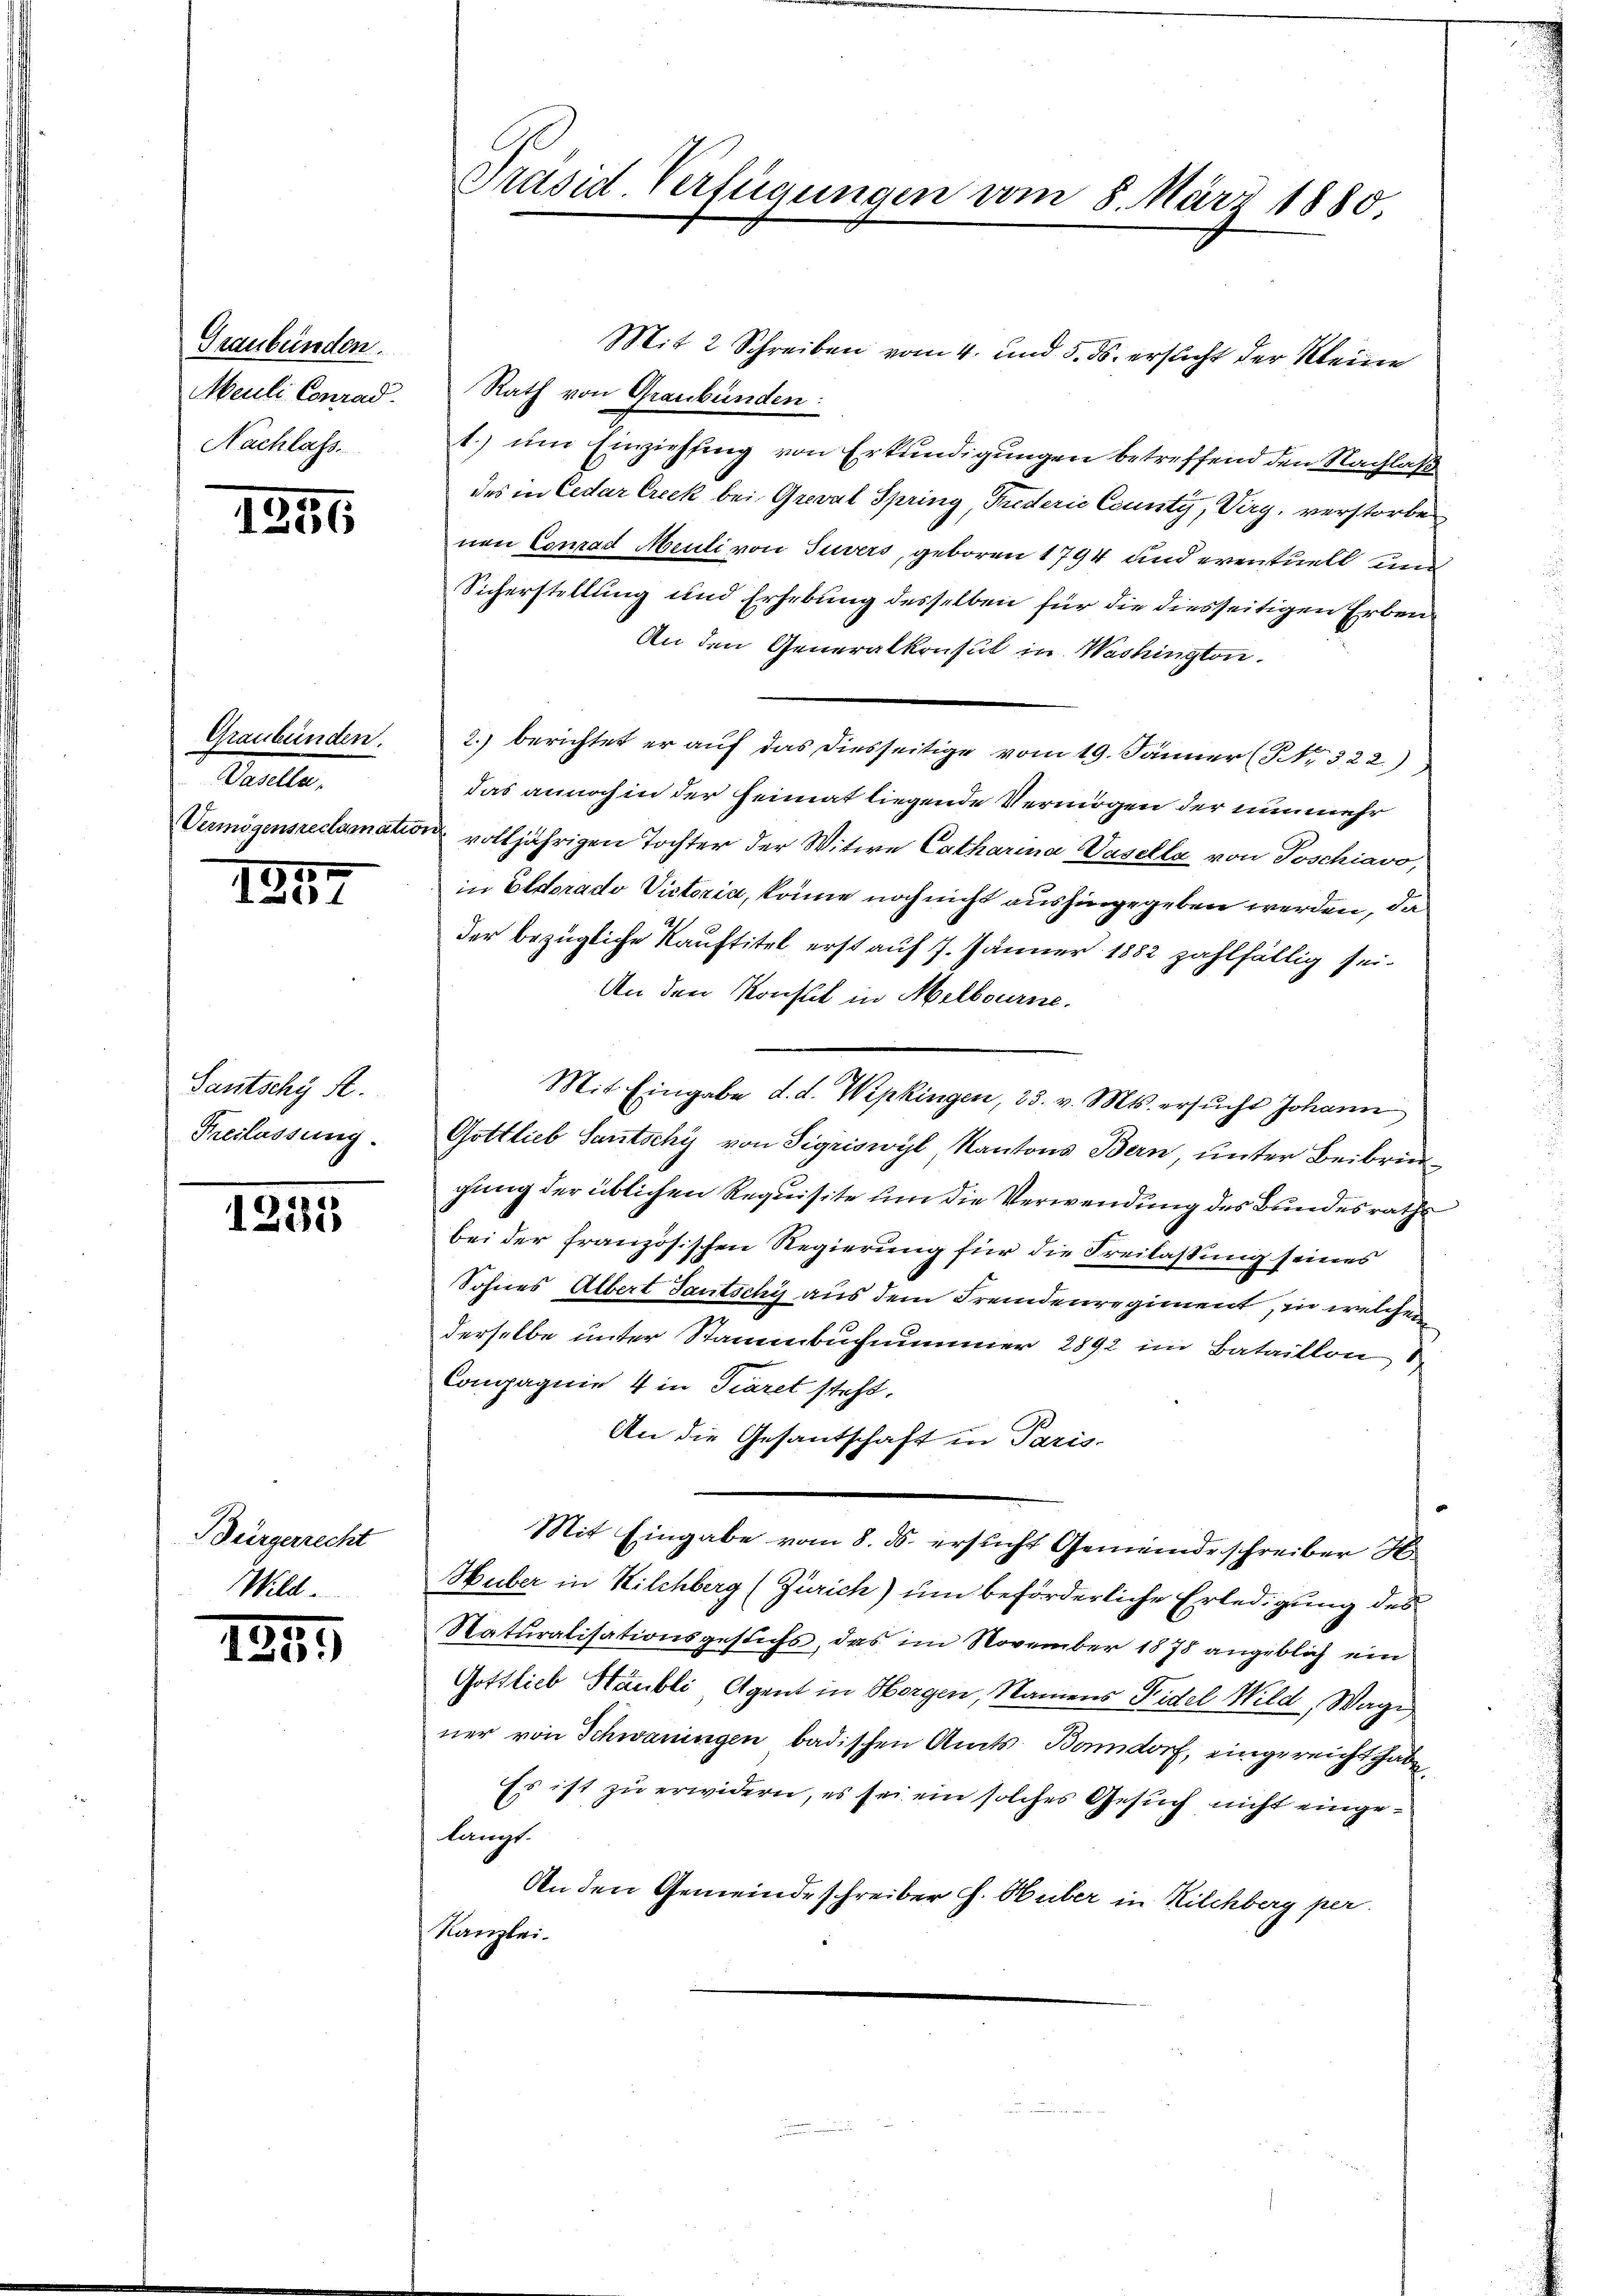
Graubünden.
Meuli Conrad
Nachlass.

1256

Graubünden.
Vasella¬
15.

1201

Sautschy S.
Preslassung

1255

BBürgerrecht
Wild.

1845

Präsid-Verfügungen vom 8. März 1880.

Mit 2 Schreiben vom 4. und 5. ds. ersucht der Meine
Rath von Graubünden:
t.) um Einziehung von Erkundigungen betreffend den Nachlaß
des in Ceder Creck bei Greval Spring, Fuderie County, Virg, verstorbe
nen Conrad Meili von Suvers, geboren 1794 und eventuell und
Sicherstellung und Erhebung desselben für die diesseitigen Erben
An den Generalkraut in Washington.
2.) berichtet er auf das diesseitige vom 19. Jänner (Nr. 322.)
das annoch in der Heimat liegende Vermögen der nunmehr
Vermögensreclamation volljährigen Tochter der Witwe Catharina Vasella von Poschiavo,
in Eldorado Victoria, könne noch nicht aushingegeben werden, da
der bezügliche Kauftitel erst auf 7. Jänner 1882 zahlfällig sei¬
An den Konstit in Melbourne.
Mit Eingabe d. d. Wipkingen, 23. v. Mts. ersŭcht Johann
Gottlieb Sautschy von Sigriswyl, Kantons Bern, unter Beibringung der üblichen Requisite um die Verwendung des Bundesraths
bei der französischen Regierung für die Freilassung seines
Sohnes Albert Gautschy aus dem Fremdenregiment, in welcher
derselbe unter Stammbuchnummer 2892 im Bataillon
Compagnie 4 in Tieret steht.
An die Gesandschaft in Paris.
Mit Eingabe vom 8. ds. ersucht Gemeinde schreiber St
Huber in Kilchberg (Zürich) um beförderliche Erledigung des
Naturalisationsgesuchs, das im November 1878 angeblich ein
Gottlieb Stäubli, Agent in Horgen, Namens Fidel Wild, Wage
ner von Schwaningen badischen Amts Bonndorf, eingereicht habe,
Es ist zu erwidern, es sei ein solches Gesuch nicht eingelangt.
An den Gemeinde schreiber J. Huber in Kilchberg per
Kanzlei.